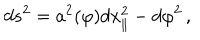
LaTeX: d s ^ { 2 } = a ^ { 2 } ( \varphi ) d x _ { \parallel } ^ { 2 } - d \varphi ^ { 2 } \, ,